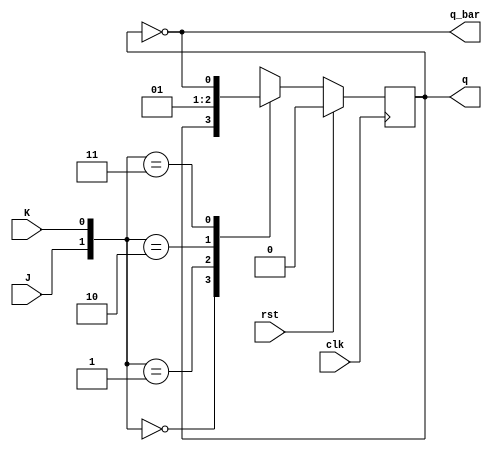
module JK_FLipFlop(
  input clk, rst, J, K,
  output reg q,
  output q_bar
);
  always @(posedge clk) begin
    if (rst)
      q <= 0;
    else begin
      case({J,K})
        2'b00: q <= q;
        2'b01: q <= 0;
        2'b10: q <= 1;
        2'b11: q <= ~q;
      endcase
    end
  end
  assign q_bar = ~q;
endmodule